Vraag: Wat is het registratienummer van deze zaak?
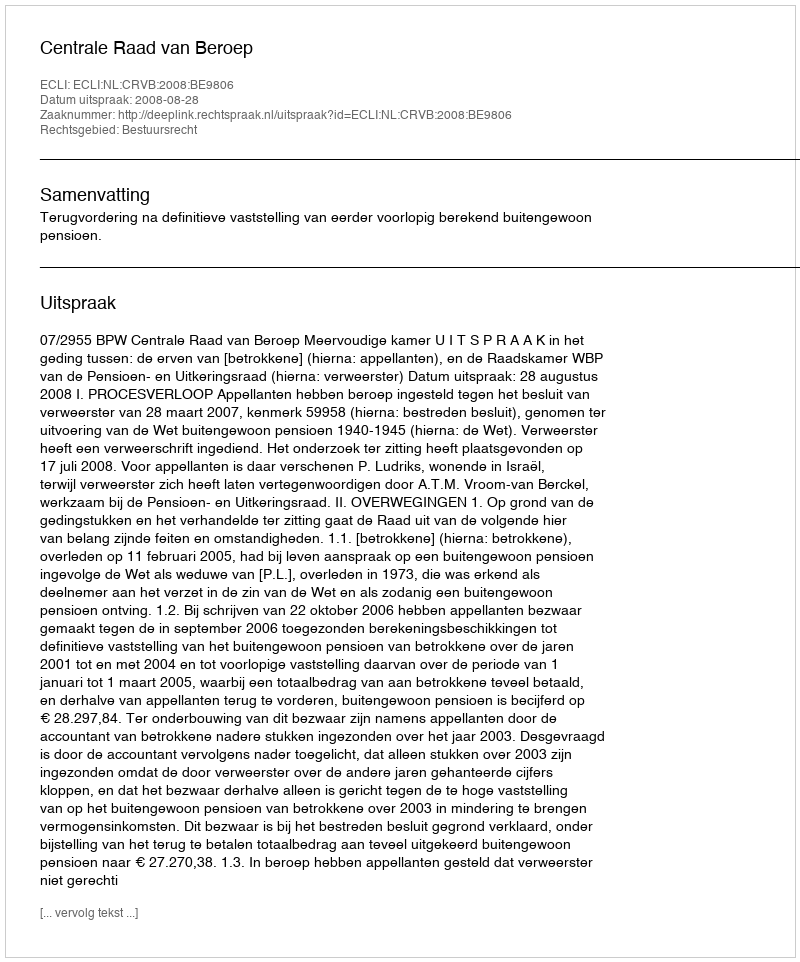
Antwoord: http://deeplink.rechtspraak.nl/uitspraak?id=ECLI:NL:CRVB:2008:BE9806